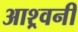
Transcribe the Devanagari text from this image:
आश्र्वनी